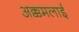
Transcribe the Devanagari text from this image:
अक्कमलाई